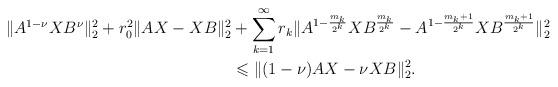
LaTeX: \begin{align*}\| A^{1-\nu}XB^{\nu}\|_{2}^{2}+r_{0}^{2}\|AX-XB\|_{2}^{2}&+\sum _{k=1}^{\infty}r_{k}\|A^{1-\frac{m_{k}}{2^{k}}}XB^{\frac{m_{k}}{2^{k}}}- A^{1-\frac{m_{k}+1}{2^{k}}}XB^{\frac{m_{k}+1}{2^{k}}} \|_{2}^{2}\\&\leqslant \|(1-\nu)AX-\nu XB \|_{2}^{2}.\end{align*}